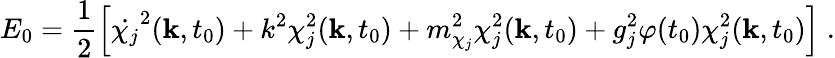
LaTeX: E_{0}=\frac{1}{2}\left[\dot{\chi_{j}}^{2}({\mathbf k},t_{0})+k^{2}\chi_{j}^{2}({\mathbf k},t_{0})+m_{\chi_{j}}^{2}\chi_{j}^{2}({\mathbf k},t_{0})+g_{j}^{2}\varphi(t_{0})\chi_{j}^{2}({\mathbf k},t_{0})\right]\; .